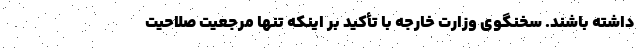
داشته باشند. سخنگوی وزارت خارجه با تأکید بر اینکه تنها مرجعیت صلاحیت